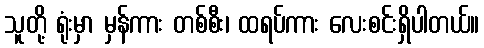
သူတို့ ရုံးမှာ မှန်ကား တစ်စီး၊ ထရပ်ကား လေးစင်းရှိပါတယ်။